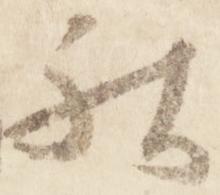
社